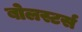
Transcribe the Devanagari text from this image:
बोलस्टर्स